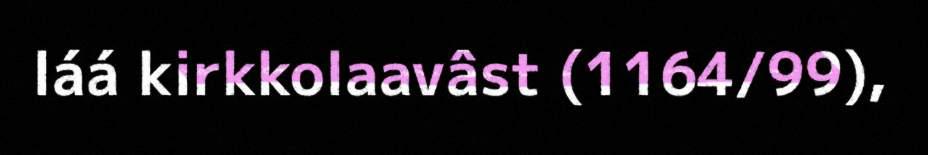
láá kirkkolaavâst (1164/99),